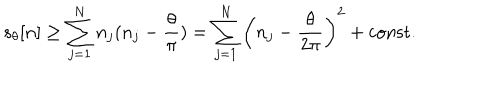
s _ { \theta } [ n ] \geq \sum _ { j = 1 } ^ { N } n _ { j } ( n _ { j } - \frac { \theta } { \pi } ) = \sum _ { j = 1 } ^ { N } \left( n _ { j } - \frac { \theta } { 2 \pi } \right) ^ { 2 } + \mathrm { c o n s t . }